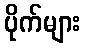
ပိုက်များ